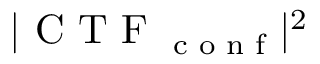
| \textrm { C T F } _ { \textrm { c o n f } } | ^ { 2 }